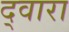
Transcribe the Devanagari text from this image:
द्‍वारा